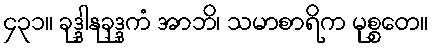
၄၃၁။ ခုဒ္ဒါနုခုဒ္ဒကံ အာဘိ၊ သမာစာရိက မုစ္စတေ။